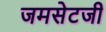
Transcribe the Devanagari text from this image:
जमसेटजी